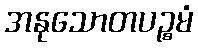
အနုသောတပဉ္စမံ